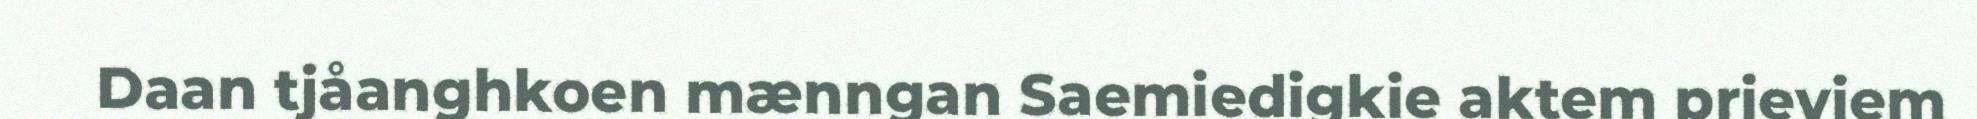
Daan tjåanghkoen mænngan Saemiedigkie aktem prieviem